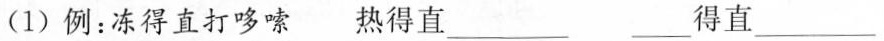
(1)例：冻得直打哆嗦 热得直___ ___得直___